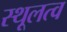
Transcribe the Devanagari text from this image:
स्थूलत्व